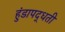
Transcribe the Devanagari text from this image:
हुंडापद्धती